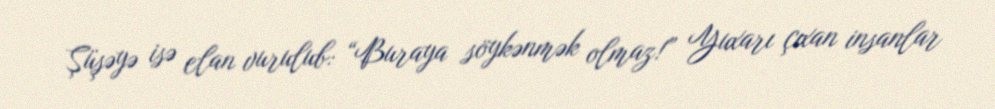
Şüşəyə isə elan vurulub: “Buraya söykənmək olmaz!” Yuxarı çıxan insanlar